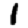
Digit: 1